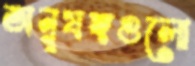
অনুষঙ্গগুলো